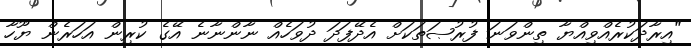
"އިރާދަކުރެއްވިއްޔާ ތިންވަނަ ފުރުޞަތަކަށް އެދޭފަދަ ދުވަހެއް ނާންނާނެ އޭގެ ކުރިން އަހަރެން ޔޫހާ